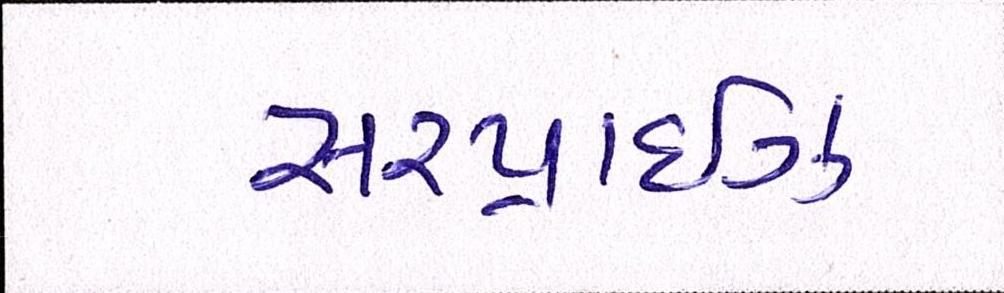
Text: સરપ્રાઇઝ